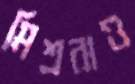
মিশ্ররাও